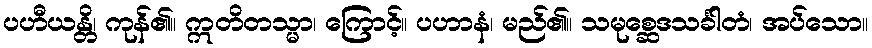
ပဟီယန္တိ၊ ကုန်၏။ ဣတိတသ္မာ၊ ကြောင့်။ ပဟာနံ၊ မည်၏။ သမုစ္ဆေဒသင်္ခါတံ၊ အပ်သော။